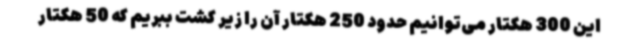
این 300 هکتار می‌توانیم حدود 250 هکتار آن را زیر کشت ببریم که 50 هکتار